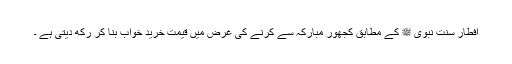
افطار سنت نبوی ﷺ کے مطابق کجھور مبارکہ سے کرنے کی غرض میں قیمت خرید خواب بنا کر رکھ دیتی ہے ۔